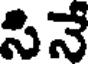
సినే